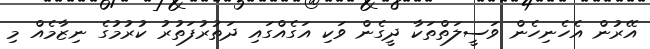
އޭރުން އެހެނިހެން ވަސީލަތްތަކާ ދީގެން ވަކި އަގެއްގައި ދަތުރުފަތުރު ކުރުމުގެ ނިޒާމެއް މި